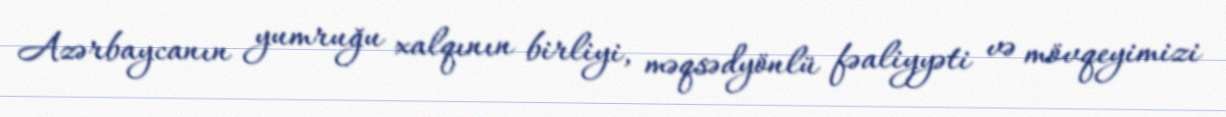
Azərbaycanın yumruğu xalqının birliyi, məqsədyönlü fəaliyyəti və mövqeyimizi